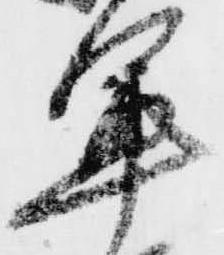
軍